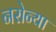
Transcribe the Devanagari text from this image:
नरोन्या